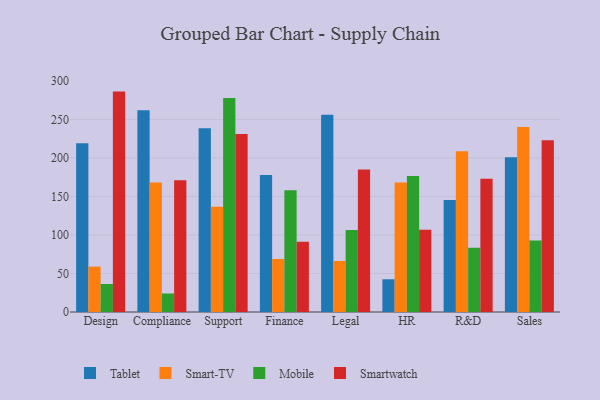
{"axis": {"x": "Department", "y": "Headcount"}, "legend": ["Mobile", "Smart-TV", "Smartwatch", "Tablet"], "data": [{"x": "Design", "y": 219.2, "type": "Tablet"}, {"x": "Design", "y": 58.9, "type": "Smart-TV"}, {"x": "Design", "y": 36.4, "type": "Mobile"}, {"x": "Design", "y": 286.2, "type": "Smartwatch"}, {"x": "Compliance", "y": 262.1, "type": "Tablet"}, {"x": "Compliance", "y": 168.0, "type": "Smart-TV"}, {"x": "Compliance", "y": 24.0, "type": "Mobile"}, {"x": "Compliance", "y": 171.1, "type": "Smartwatch"}, {"x": "Support", "y": 238.5, "type": "Tablet"}, {"x": "Support", "y": 136.7, "type": "Smart-TV"}, {"x": "Support", "y": 278.0, "type": "Mobile"}, {"x": "Support", "y": 231.2, "type": "Smartwatch"}, {"x": "Finance", "y": 177.8, "type": "Tablet"}, {"x": "Finance", "y": 68.8, "type": "Smart-TV"}, {"x": "Finance", "y": 158.0, "type": "Mobile"}, {"x": "Finance", "y": 91.3, "type": "Smartwatch"}, {"x": "Legal", "y": 256.3, "type": "Tablet"}, {"x": "Legal", "y": 66.2, "type": "Smart-TV"}, {"x": "Legal", "y": 106.5, "type": "Mobile"}, {"x": "Legal", "y": 184.9, "type": "Smartwatch"}, {"x": "HR", "y": 42.5, "type": "Tablet"}, {"x": "HR", "y": 168.2, "type": "Smart-TV"}, {"x": "HR", "y": 176.6, "type": "Mobile"}, {"x": "HR", "y": 106.9, "type": "Smartwatch"}, {"x": "R&D", "y": 145.4, "type": "Tablet"}, {"x": "R&D", "y": 208.8, "type": "Smart-TV"}, {"x": "R&D", "y": 83.3, "type": "Mobile"}, {"x": "R&D", "y": 173.1, "type": "Smartwatch"}, {"x": "Sales", "y": 200.9, "type": "Tablet"}, {"x": "Sales", "y": 240.2, "type": "Smart-TV"}, {"x": "Sales", "y": 92.8, "type": "Mobile"}, {"x": "Sales", "y": 222.9, "type": "Smartwatch"}]}